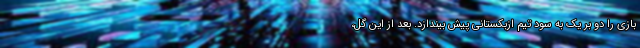
بازی را دو بر یک به سود تیم ازبکستانی پیش بیندازد. بعد از این گل،